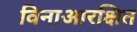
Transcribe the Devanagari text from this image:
विनाआरक्षित